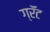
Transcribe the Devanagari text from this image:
ग्रॅंट